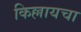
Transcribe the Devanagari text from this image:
किल्लायचा